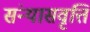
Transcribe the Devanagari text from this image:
संन्यासवृत्ति